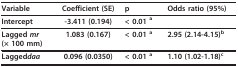
<table><thead><tr><td><b>Variable</b></td><td><b>Coefficient (SE)</b></td><td><b>p</b></td><td><b>Odds ratio (95%)</b></td></tr></thead><tbody><tr><td><b>Intercept</b></td><td><b>-3.411 (0.194)</b></td><td><b>&lt; 0.01 </b><sup>a</sup></td><td></td></tr><tr><td><b>Lagged <i>mr </i>(× 100 mm)</b></td><td><b>1.083 (0.167)</b></td><td><b>&lt; 0.01 </b><sup>a</sup></td><td><b>2.95 (2.14-4.15)</b><sup>b</sup></td></tr><tr><td><b>Lagged<i>daa</i></b></td><td><b>0.096 (0.0350)</b></td><td><b>&lt; 0.01 <sup>a</sup></b></td><td><b>1.10 (1.02-1.18)</b><sup>c</sup></td></tr></tbody></table>